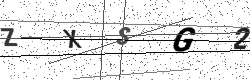
Text: ZXSG2